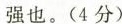
强也。(4分)